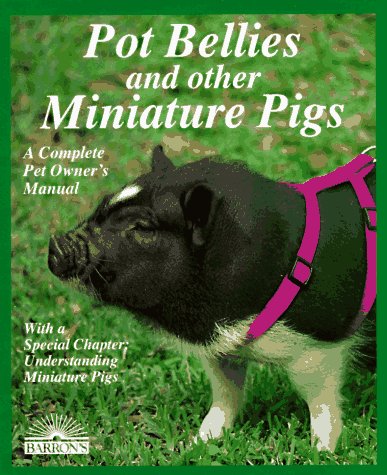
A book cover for Pot Bellies and Other Miniature Pigs (Complete Pet Owner's Manuals); Pat Storer; Crafts, Hobbies & Home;